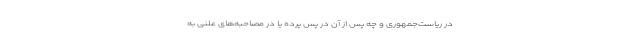
در ریاست‌جمهوری و چه پس از آن در پس پرده یا در مصاحبه‌های علنی به